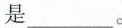
是___。